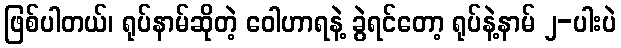
ဖြစ်ပါတယ်၊ ရုပ်နာမ်ဆိုတဲ့ ဝေါဟာရနဲ့ ခွဲရင်တော့ ရုပ်နဲ့နာမ် ၂-ပါးပဲ